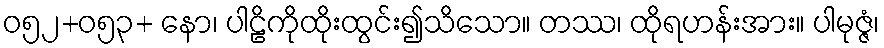
ဝ၅၂+၀၅၃+ နော၊ ပါဠိကိုထိုးထွင်း၍သိသော။ တဿ၊ ထိုရဟန်းအား။ ပါမုဇ္ဇံ၊